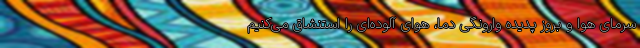
سرمای هوا و بروز پدیده وارونگی دما، هوای آلوده‌ای را استنشاق می‌کنیم